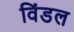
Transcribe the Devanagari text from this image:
विंडल